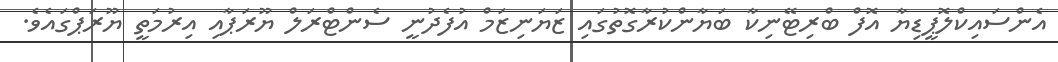
އެންސައިކްލޮޕީޑިޔާ އޮފް ބްރިޓޭނިކާ ބަޔާންކުރާގޮތުގައި ޒަޔަނިޒަމް އުފެދުނީ ސެންޓްރަލް ޔޫރަޕާއި އިރުމަތީ ޔޫރަޕްގައެވެ.